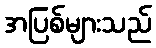
အပြစ်များသည်